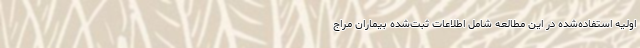
اولیه استفاده‌شده در این مطالعه شامل اطلاعات ثبت‌شده بیماران مراج